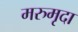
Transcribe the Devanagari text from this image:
मरुमृदा